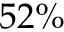
5 2 \%